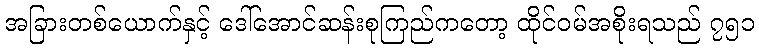
အခြားတစ်ယောက်နှင့် ဒေါ်အောင်ဆန်းစုကြည်ကတော့ ထိုင်ဝမ်အစိုးရသည် ၇၅၁